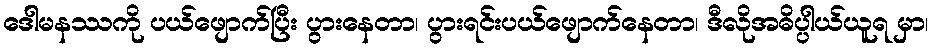
ဒေါမနဿကို ပယ်ဖျောက်ပြီး ပွားနေတာ၊ ပွားရင်းပယ်ဖျောက်နေတာ၊ ဒီလိုအဓိပ္ပါယ်ယူရ မှာ၊